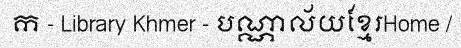
ក - Library Khmer - បណ្ណាល័យខ្មែរHome /